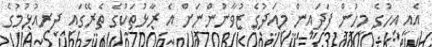
އެއީ އިހުގެ މީހުން ފަދައިން މިއަދުގެ ޒުވާނުންނަށް އެ ރާޅުތަކުގެ ތެރޭގައި ދިރިއުޅުމުގެ